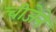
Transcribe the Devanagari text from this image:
चीजेने